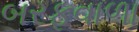
બરફવાળા